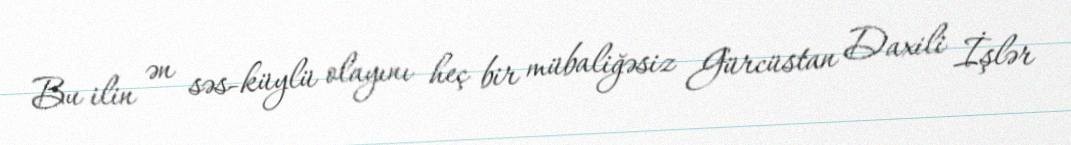
Bu ilin ən səs-küylü olayını heç bir mübaliğəsiz Gürcüstan Daxili İşlər